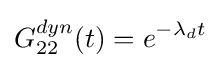
G_{22}^{dyn}(t)=e^{-\lambda _{d}t}